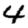
Digit: 4